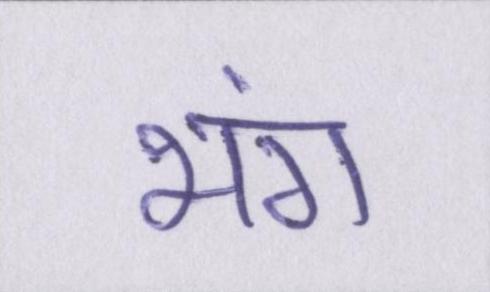
भंग